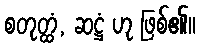
စတုတ္ထံ, ဆဋ္ဌံ ဟု ဖြစ်၏။